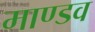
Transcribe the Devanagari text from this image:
माण्डव